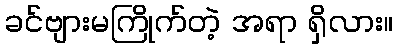
ခင်ဗျားမကြိုက်တဲ့ အရာ ရှိလား။